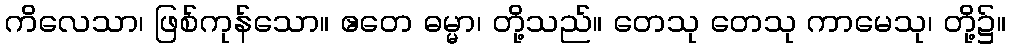
ကိလေသာ၊ ဖြစ်ကုန်သော။ ဧတေ ဓမ္မာ၊ တို့သည်။ တေသု တေသု ကာမေသု၊ တို့၌။